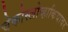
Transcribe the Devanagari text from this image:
चेकोस्लोव्हाकियावर